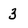
Character: 3